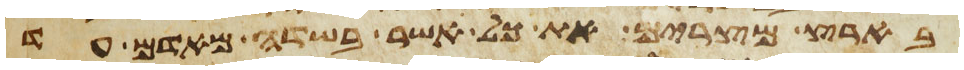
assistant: בארץ מצרים את כל אשר בשדה מאדם עד